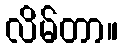
လိမ်တာ။